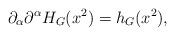
LaTeX: \begin{align*}\partial_{\alpha}\partial^{\alpha} H_G(x^2) = h_G(x^2),\end{align*}